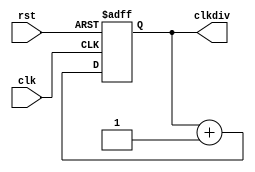
`timescale 1ns / 1ps

 module clk_div(input clk,
					input rst,
					//input SW2,
					output reg[31:0]clkdiv
					//output Clk_CPU
					);
					
// Clock divider-


	always @ (posedge clk or posedge rst) begin 
		if (rst) clkdiv <= 0; else clkdiv <= clkdiv + 1'b1; end
		
	//assign Clk_CPU = (SW2)? clkdiv[26] : clkdiv[0];
		
endmodule